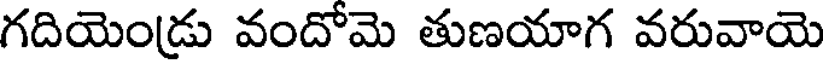
గదియెండ్రు వందోమె తుణయాగ వరువాయె